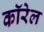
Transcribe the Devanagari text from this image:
कॉरेल